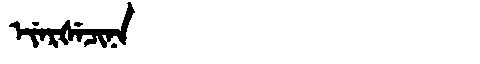
Manchu: ᡝᠶᡝᡵᡧᡝᠴᡳᠨᠠ
Romanization: EYERŠECINA